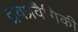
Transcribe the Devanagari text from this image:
द्रवप्रवैगिकी